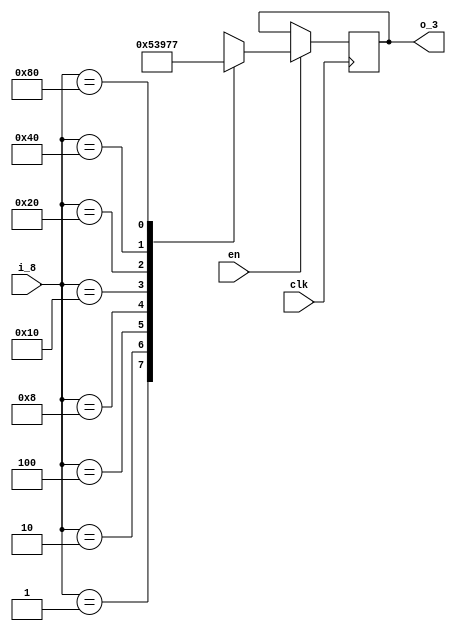
`timescale 1ns / 1ps
//////////////////////////////////////////////////////////////////////////////////
// Company: 
// Engineer: 
// 
// Design Name: 
// Module Name: 8to3_encoder
// Project Name: 
// Target Devices: 
// Tool Versions: 
// Description: 
// 
// Dependencies: 
// 
// Revision:
// Revision 0.01 - File Created
// Additional Comments:
// 
//////////////////////////////////////////////////////////////////////////////////


module encoder_8to3(
    i_8,
    en,
    clk,
    o_3
    );
    //8-3
    //, 
    //; , 
    input [7:0] i_8;
    input en;
    input clk;
    output [2:0] o_3;
    reg [2:0] o_3;

    always @(posedge clk) begin
        if(en) begin
            case (i_8)
                8'b00000001: o_3 = 3'b000;
                8'b00000010: o_3 = 3'b001;
                8'b00000100: o_3 = 3'b010;
                8'b00001000: o_3 = 3'b011;
                8'b00010000: o_3 = 3'b100;
                8'b00100000: o_3 = 3'b101;
                8'b01000000: o_3 = 3'b110;
                8'b10000000: o_3 = 3'b111;
                default: o_3 = 3'bxxx;
            endcase
        end
    end
endmodule